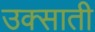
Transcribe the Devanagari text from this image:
उक्साती